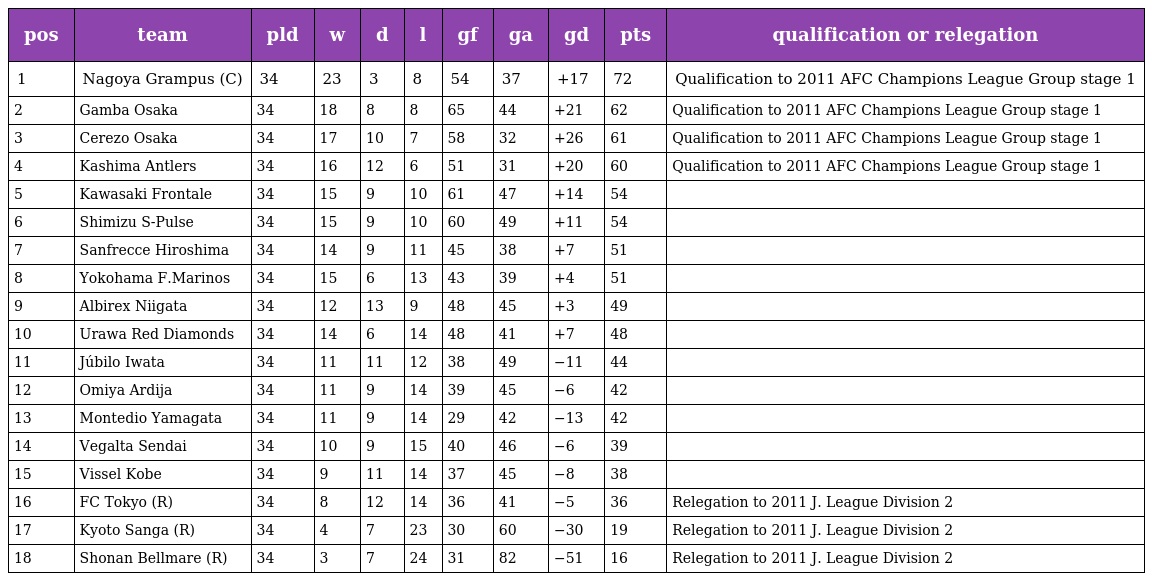
| pos | team | pld | w | d | l | gf | ga | gd | pts | qualification or relegation |
 | --- | --- | --- | --- | --- | --- | --- | --- | --- | --- | --- |
 | 1 | Nagoya Grampus (C) | 34 | 23 | 3 | 8 | 54 | 37 | +17 | 72 | Qualification to 2011 AFC Champions League Group stage 1 |
 | 2 | Gamba Osaka | 34 | 18 | 8 | 8 | 65 | 44 | +21 | 62 | Qualification to 2011 AFC Champions League Group stage 1 |
 | 3 | Cerezo Osaka | 34 | 17 | 10 | 7 | 58 | 32 | +26 | 61 | Qualification to 2011 AFC Champions League Group stage 1 |
 | 4 | Kashima Antlers | 34 | 16 | 12 | 6 | 51 | 31 | +20 | 60 | Qualification to 2011 AFC Champions League Group stage 1 |
 | 5 | Kawasaki Frontale | 34 | 15 | 9 | 10 | 61 | 47 | +14 | 54 |  |
 | 6 | Shimizu S-Pulse | 34 | 15 | 9 | 10 | 60 | 49 | +11 | 54 |  |
 | 7 | Sanfrecce Hiroshima | 34 | 14 | 9 | 11 | 45 | 38 | +7 | 51 |  |
 | 8 | Yokohama F.Marinos | 34 | 15 | 6 | 13 | 43 | 39 | +4 | 51 |  |
 | 9 | Albirex Niigata | 34 | 12 | 13 | 9 | 48 | 45 | +3 | 49 |  |
 | 10 | Urawa Red Diamonds | 34 | 14 | 6 | 14 | 48 | 41 | +7 | 48 |  |
 | 11 | Júbilo Iwata | 34 | 11 | 11 | 12 | 38 | 49 | −11 | 44 |  |
 | 12 | Omiya Ardija | 34 | 11 | 9 | 14 | 39 | 45 | −6 | 42 |  |
 | 13 | Montedio Yamagata | 34 | 11 | 9 | 14 | 29 | 42 | −13 | 42 |  |
 | 14 | Vegalta Sendai | 34 | 10 | 9 | 15 | 40 | 46 | −6 | 39 |  |
 | 15 | Vissel Kobe | 34 | 9 | 11 | 14 | 37 | 45 | −8 | 38 |  |
 | 16 | FC Tokyo (R) | 34 | 8 | 12 | 14 | 36 | 41 | −5 | 36 | Relegation to 2011 J. League Division 2 |
 | 17 | Kyoto Sanga (R) | 34 | 4 | 7 | 23 | 30 | 60 | −30 | 19 | Relegation to 2011 J. League Division 2 |
 | 18 | Shonan Bellmare (R) | 34 | 3 | 7 | 24 | 31 | 82 | −51 | 16 | Relegation to 2011 J. League Division 2 |